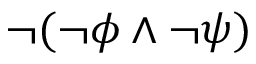
\lnot ( \lnot \phi \land \lnot \psi )